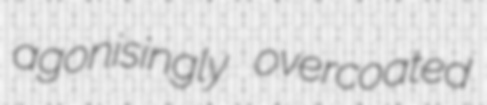
agonisingly overcoated